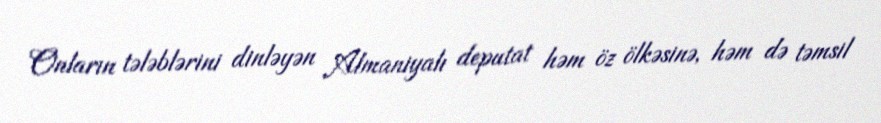
Onların tələblərini dinləyən Almaniyalı deputat həm öz ölkəsinə, həm də təmsil